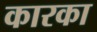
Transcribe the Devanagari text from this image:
कारका